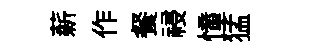
薪作餐祲憧猛